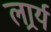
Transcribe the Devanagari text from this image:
लार्र्य